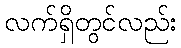
လက်ရှိတွင်လည်း